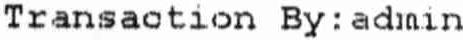
TRANSACTION BY : ADMIN